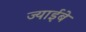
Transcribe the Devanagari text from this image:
ज्याईबे